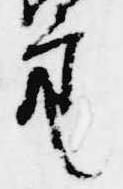
亮